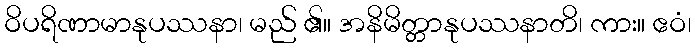
ဝိပရိဏာမာနုပဿနာ၊ မည် ၏။ အနိမိတ္တာနုပဿနာတိ၊ ကား။ ဧဝံ၊